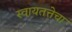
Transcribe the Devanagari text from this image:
स्वायतत्तेचा